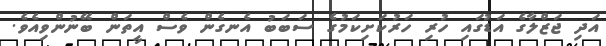
އަދި ޖަޒްލާގެ އަޑުގައި ހުރި ހަރުކަށިކަމުގެ ސަބަބު އެނގެން ވެސް އީތަން ބޭނުންވިއެވެ.